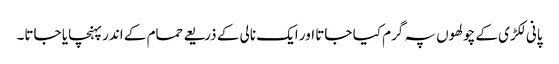
پانی لکڑی کے چولھوں پہ گرم کیا جاتا اور ایک نالی کے ذریعے حمام کے اندر پہنچایا جاتا۔